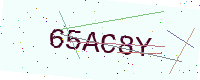
Text: 65AC8Y